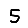
Digit: 5